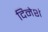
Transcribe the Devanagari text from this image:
दिनेशं